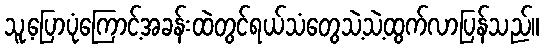
သူ့ပြောပုံကြောင့်အခန်းထဲတွင်ရယ်သံတွေသဲ့သဲ့ထွက်လာပြန်သည်။